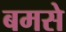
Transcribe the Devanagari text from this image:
बमसे